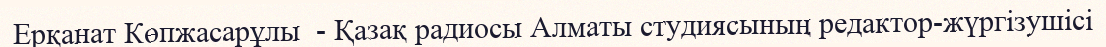
Ерқанат Көпжасарұлы  - Қазақ радиосы Алматы студиясының редактор-жүргізушісі